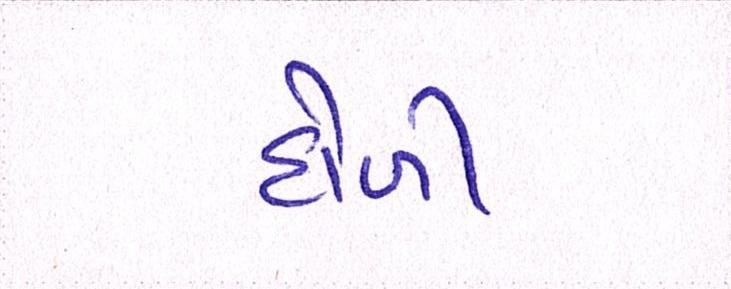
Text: હોળી